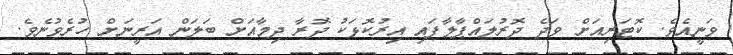
ވަނީއެވެ. ކޮޓަރިއަށް ވަދެ ދޮރުލައްޕާލާފައި އިރުކޮޅަކު ދޮރާ ދިމާއަށް ބަލަން އަރީނަށް ހުރެވުނެވެ.